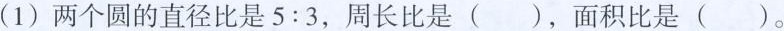
(1) 两个圆的直径比是$$5：3$$，周长比是( )，面积比是( )。